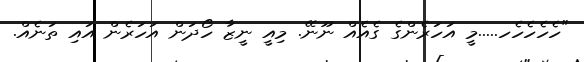
"ހެހެހެހެހ.....މީ އަހަރެންގެ ގެއެއް ނޫނޭ. މިއީ ނީޒާ ހޯދަން އަހަރެން އައި ތަނެއް.